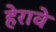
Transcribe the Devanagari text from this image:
हेरावे